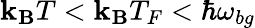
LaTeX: \mathbf{k}_{\mathbf{B}}T<\mathbf{k}_{\mathbf{B}}T_{F}<\hbar\omega_{bg}